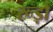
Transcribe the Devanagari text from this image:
रूड़ो